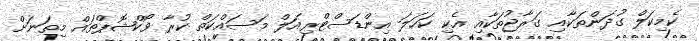
ކެމިކަލް ގުދަންތަކާއި ގަރާޖުތަކާއި އެކި ކަހަލަ އިންޑަސްޓްރިއަލް މަސައްކަތް ކުރާ ވޯކްޝޮޕްތައް މިތަނަށް